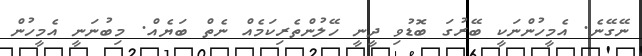
ނޭގޭނެ. އެމީހުންނަކީ ބޭރުގަ ބޮޑުވި ދީނީ ހޭލުންތެރިކަމެއް ނެތް ބަޔެއް. މިބުނަނީ އެމީހުން